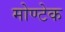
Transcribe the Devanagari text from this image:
मोण्टेक